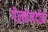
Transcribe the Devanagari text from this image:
गेलतेनदोर्फ़